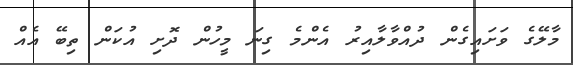
މާލޭގެ ވަށައިގެން ދުއްވާލާއިރު އެންމެ ގިނަ މީހުން ދޮށި އުކަން ތިބޭ އެއް